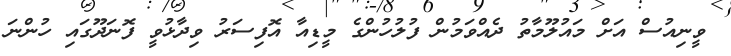
ވީނިއުސް އަށް މައުލޫމާތު ދެއްވަމުން ފުލުހުންގެ މީޑިއާ އޮފިސަރު ވިދާޅުވީ ފޮނަދޫގައި ހުންނަ